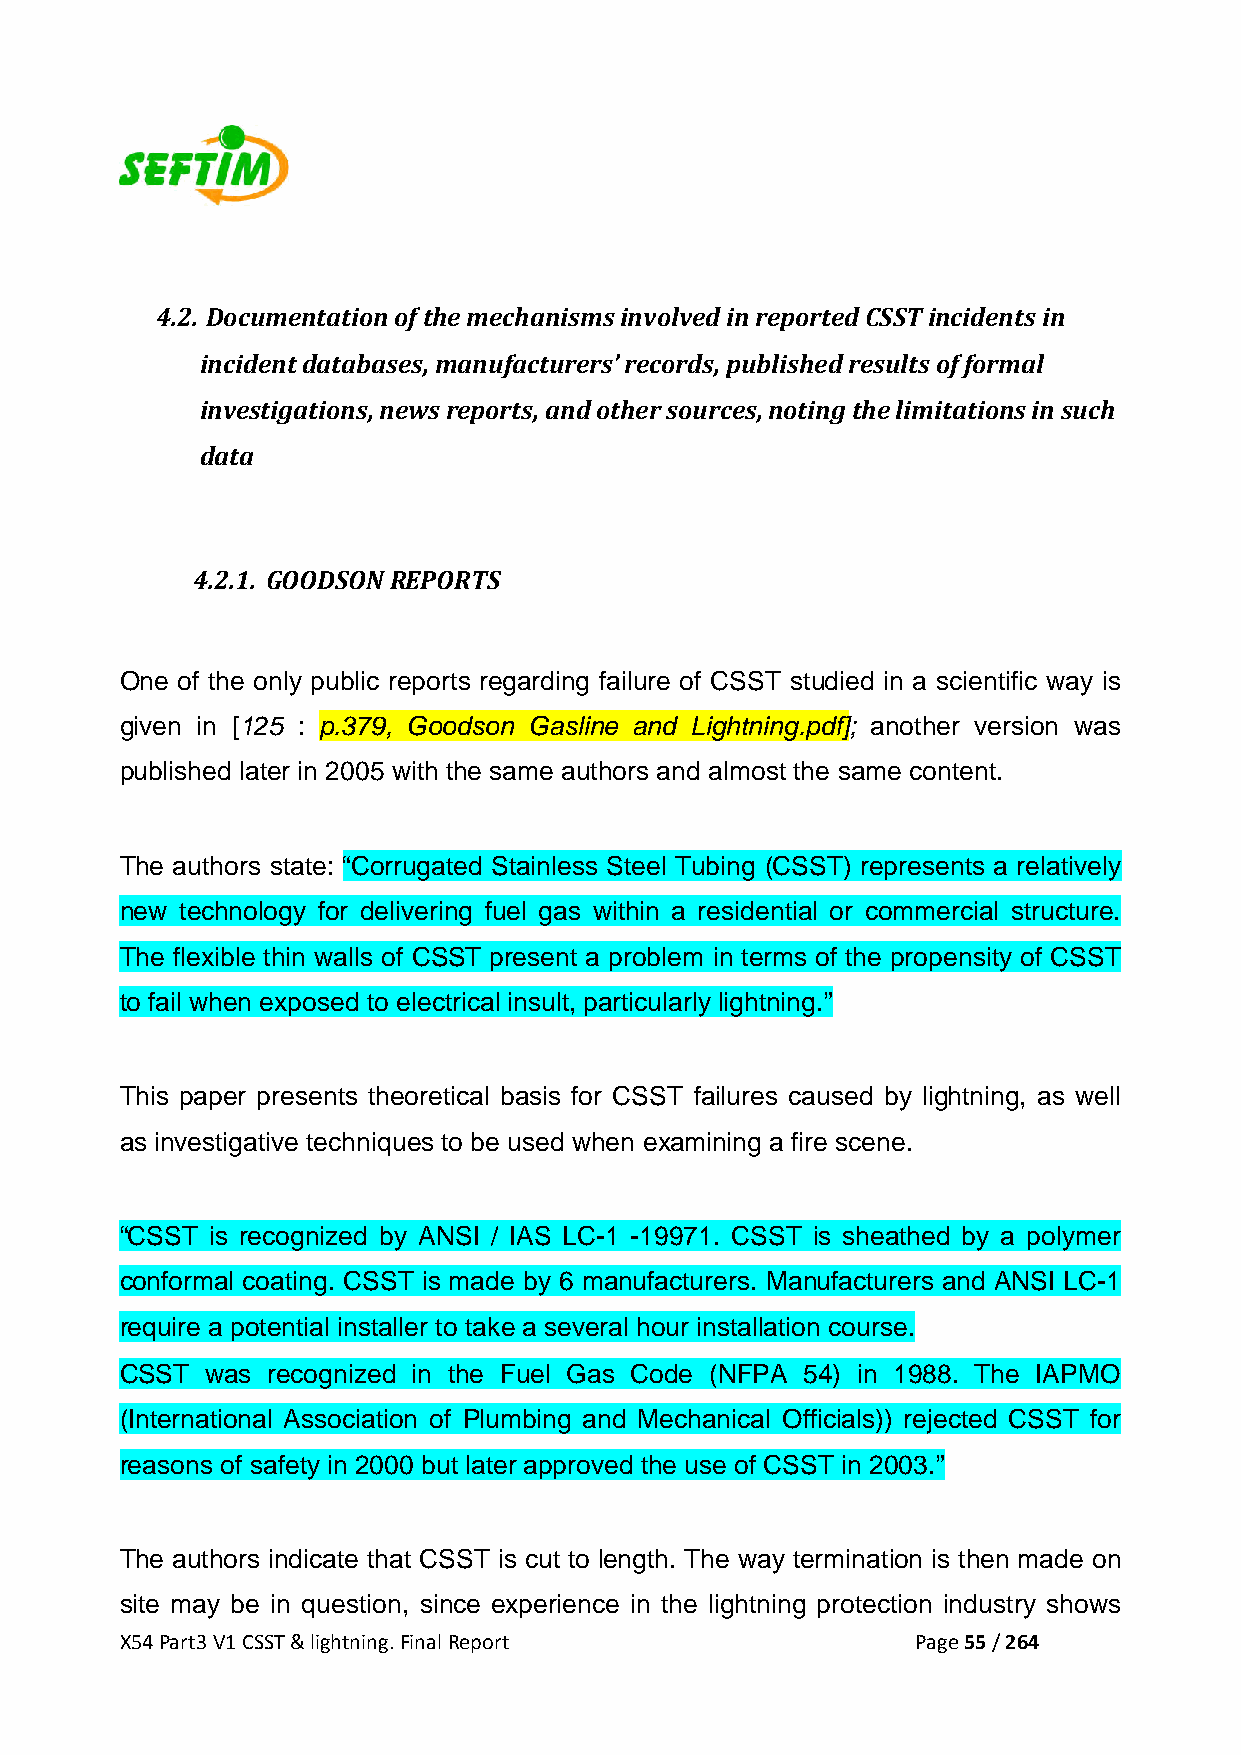
4.2. Documentation of the mechanisms involved in reported CSST incidents in
 incident databases, manufacturers’ records, published results of formal
 investigations, news reports, and other sources, noting the limitations in such
 data
 4.2.1. GOODSON REPORTS
 One of the only public reports regarding failure of CSST studied in a scientific way is
 given in [125 : p.379, Goodson Gasline and Lightning.pdf]; another version was
 published later in 2005 with the same authors and almost the same content.
 The authors state: “Corrugated Stainless Steel Tubing (CSST) represents a relatively
 new technology for delivering fuel gas within a residential or commercial structure.
 The flexible thin walls of CSST present a problem in terms of the propensity of CSST
 to fail when exposed to electrical insult, particularly lightning.”
 This paper presents theoretical basis for CSST failures caused by lightning, as well
 as investigative techniques to be used when examining a fire scene.
 “CSST is recognized by ANSI / IAS LC-1 -19971. CSST is sheathed by a polymer
 conformal coating. CSST is made by 6 manufacturers. Manufacturers and ANSI LC-1
 require a potential installer to take a several hour installation course.
 CSST  was recognized in the Fuel Gas Code (NFPA 54) in 1988. The IAPMO
 (International Association of Plumbing and Mechanical Officials)) rejected CSST for
 reasons of safety in 2000 but later approved the use of CSST in 2003.”
 The authors indicate that CSST is cut to length. The way termination is then made on
 site may be in question, since experience in the lightning protection industry shows
 X54 Part3 V1 CSST & lightning. Final Report          Page 55 / 264